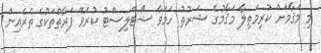
މި މަޤާމަށް ކުރިމަތިލާ މަޤާމުގެ ޝަރުޠު ހަމަވާ ޝޯޓްލިސްޓު ކުރެވޭ ފަރާތްތަކުގެ ތެރެއިން